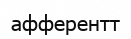
афферентт